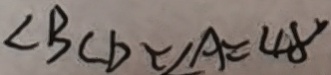
\angle B C D < \angle A = 4 8